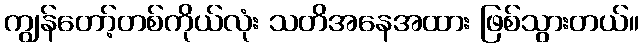
ကျွန်တော့်တစ်ကိုယ်လုံး သတိအနေအထား ဖြစ်သွားတယ်။